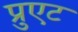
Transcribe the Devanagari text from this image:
प्रुएट